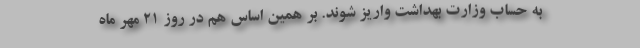
به حساب وزارت بهداشت واریز شوند. بر همین اساس هم در روز ۲۱ مهر ماه